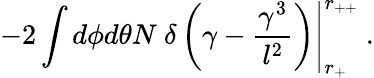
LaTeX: \left.-2\int d\phi d\theta N\ \delta\left(\gamma-\frac{\gamma^{3}}{l^{2}}\right)\right|_{r_{+}}^{r_{++}}\ .